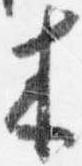
来